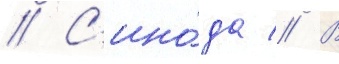
// С'ино́да // В